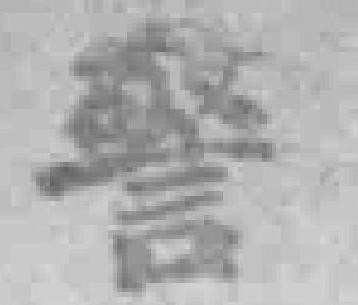
警